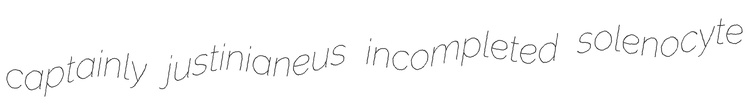
captainly justinianeus incompleted solenocyte